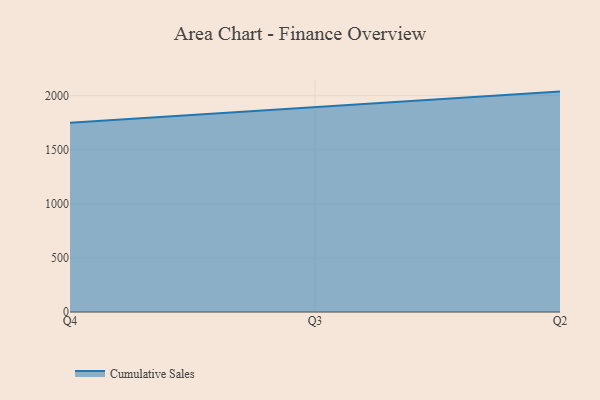
{"axis": {"x": "Quarter", "y": "Shipments"}, "legend": ["Cumulative Sales"], "data": [{"x": "Q4", "y": 1750.0, "type": "Cumulative Sales"}, {"x": "Q3", "y": 1896.6, "type": "Cumulative Sales"}, {"x": "Q2", "y": 2037.6, "type": "Cumulative Sales"}]}